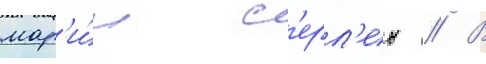
мар'и́и с'ерл'ен // В